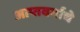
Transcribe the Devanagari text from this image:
आप्तवर्गाचे